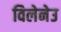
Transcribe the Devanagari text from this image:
विलेनेउ